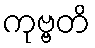
ကုဗ္ဗတိ